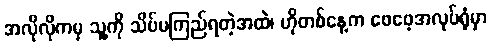
အလိုလိုကမှ သူ့ကို သိပ်မကြည်ရတဲ့အထဲ၊ ဟိုတစ်နေ့က ဖေဖေ့အလုပ်ရုံမှာ